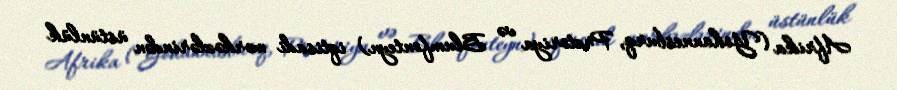
Afrika (Yohannesburq, Pretoriya və Blumfonteyn) iqtisadi mərkəzlərindən üstünlük